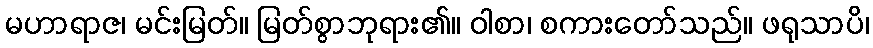
မဟာရာဇ၊ မင်းမြတ်။ မြတ်စွာဘုရား၏။ ဝါစာ၊ စကားတော်သည်။ ဖရုသာပိ၊